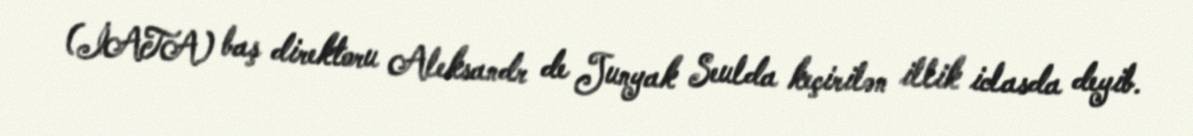
(İATA) baş direktoru Aleksandr de Junyak Seulda keçirilən illik iclasda deyib.